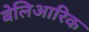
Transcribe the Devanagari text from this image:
बेलिआरिक